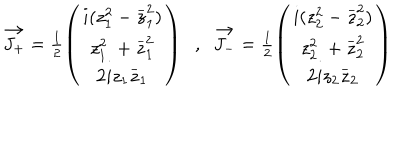
\begin{array} { c c } { { \vec { J _ { + } } = \frac { 1 } { 2 } \left( \begin{array} { c } { { i ( z _ { 1 } ^ { 2 } - \stackrel { - } { z } _ { 1 } ^ { 2 } ) } } \\ { { z _ { 1 } ^ { 2 } \; + \stackrel { - } { z } _ { 1 } ^ { 2 } } } \\ { { 2 i z _ { 1 } \stackrel { - } { z } _ { 1 } } } \\ \end{array} \right) \; \; , \; \; \vec { J _ { - } } = \frac { 1 } { 2 } \left( \begin{array} { c } { { i ( z _ { 2 } ^ { 2 } - \stackrel { - } { z } _ { 2 } ^ { 2 } ) } } \\ { { z _ { 2 } ^ { 2 } \; + \stackrel { - } { z } _ { 2 } ^ { 2 } } } \\ { { 2 i z _ { 2 } \stackrel { - } { z } _ { 2 } } } \\ \end{array} \right) } } \\ \end{array}